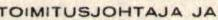
TOIMITUSJOHTAJA JA